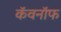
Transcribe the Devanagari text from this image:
कॅवनॉफ